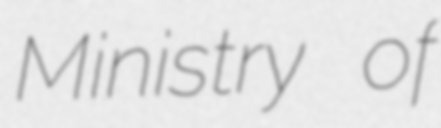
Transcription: Ministry of